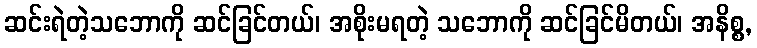
ဆင်းရဲတဲ့သဘောကို ဆင်ခြင်တယ်၊ အစိုးမရတဲ့ သဘောကို ဆင်ခြင်မိတယ်၊ အနိစ္စ,